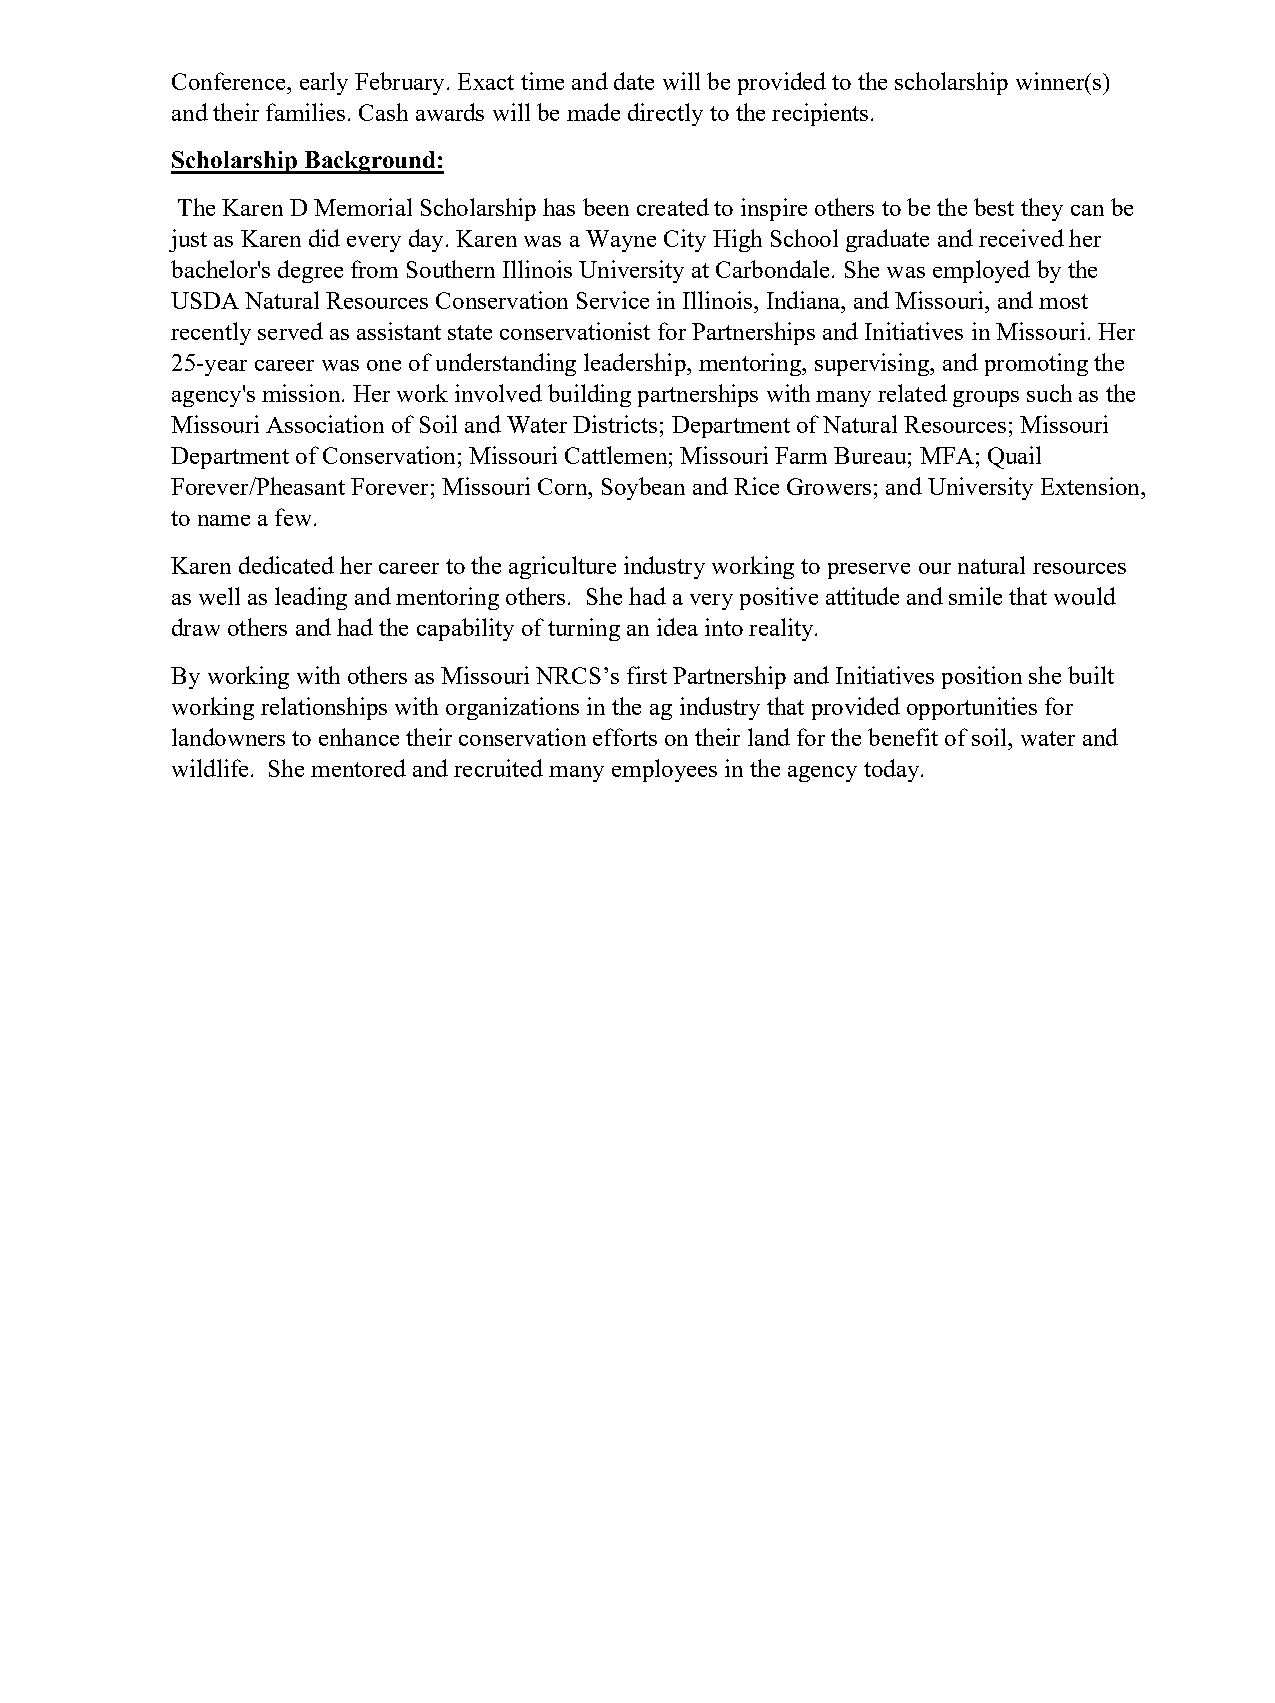
Conference, early February. Exact time and date will be provided to the scholarship winner(s)
 and their families. Cash awards will be made directly to the recipients.
 Scholarship Background:
 The Karen D Memorial Scholarship has been created to inspire others to be the best they can be
 just as Karen did every day. Karen was a Wayne City High School graduate and received her
 bachelor's degree from Southern Illinois University at Carbondale. She was employed by the
 USDA Natural Resources Conservation Service in Illinois, Indiana, and Missouri, and most
 recently served as assistant state conservationist for Partnerships and Initiatives in Missouri. Her
 25-year career was one of understanding leadership, mentoring, supervising, and promoting the
 agency's mission. Her work involved building partnerships with many related groups such as the
 Missouri Association of Soil and Water Districts; Department of Natural Resources; Missouri
 Department of Conservation; Missouri Cattlemen; Missouri Farm Bureau; MFA; Quail
 Forever/Pheasant Forever; Missouri Corn, Soybean and Rice Growers; and University Extension,
 to name a few.
 Karen dedicated her career to the agriculture industry working to preserve our natural resources
 as well as leading and mentoring others. She had a very positive attitude and smile that would
 draw others and had the capability of turning an idea into reality.
 By working with others as Missouri NRCS’s first Partnership and Initiatives position she built
 working relationships with organizations in the ag industry that provided opportunities for
 landowners to enhance their conservation efforts on their land for the benefit of soil, water and
 wildlife. She mentored and recruited many employees in the agency today.